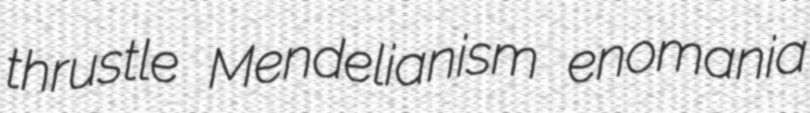
thrustle Mendelianism enomania